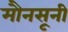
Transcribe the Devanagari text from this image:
मौनसूनी